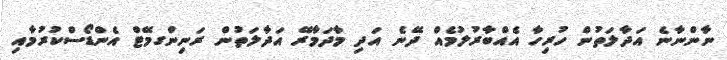
ނާންނާނެ އަދާލަތުން ހުރިހާ އެއްބާރުލުމެއް ދޭނެ އަދި މާދަމާރޭ އަދާލަތުން ރަނިންގމޭޓް އެންޑޯސްކުރުމާއި